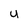
Character: u